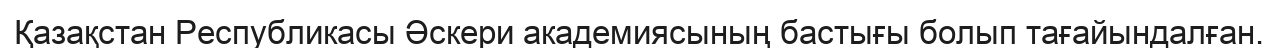
Қазақстан Республикасы Әскери академиясының бастығы болып тағайындалған.